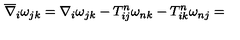
\overline { { \nabla } } _ { i } \omega _ { j k } = \nabla _ { i } \omega _ { j k } - T _ { i j } ^ { n } \omega _ { n k } - T _ { i k } ^ { n } \omega _ { n j } =